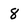
Character: 8